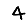
Digit: 4